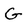
Character: G